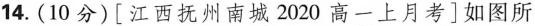
14.(10分)[江西抚州南城2020高一上月考]如图所